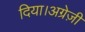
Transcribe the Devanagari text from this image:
दिया।अग्रेज़ी